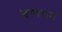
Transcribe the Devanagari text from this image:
कृष्णराम